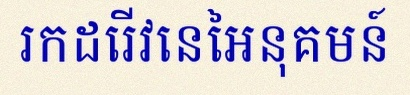
រកដេរីវេនៃអនុគមន៍